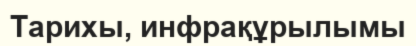
Тарихы, инфрақұрылымы